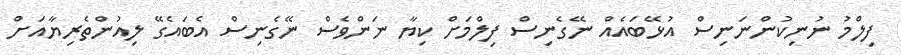
ފިލްމު ނުނިކުންނަނިސް އުޅޭބައެއް ނޭގެނިސް ފިލްމަށް ކިޔާ ނަންވެސް ނޭގެނިސް އެބައެގޭ ލިއުންތެރިޔާއަށް